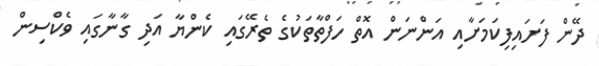
ދޭން ފަށައިފިކަމަށާއި އަންނަން އޮތް ހަފްތާތަކުގެ ތެރޭގައި ކެންޔާ އަދި ގާނާގައި ވެކްސިން